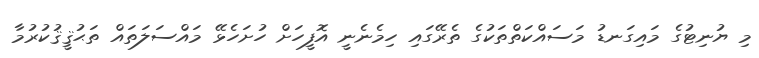
މި ޔުނިޓުގެ މައިގަނޑު މަސައްކަތްތަކުގެ ތެރޭގައި ހިމެނެނީ އޮފީހަށް ހުށަހެޅޭ މައްސަލަތައް ތަޙުޤީޤުކުރުމާ